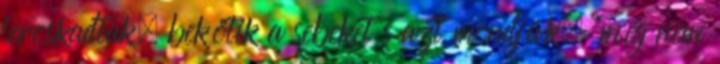
leroskadtak; bekötik a sebeket s azt mondják, "még nem